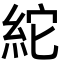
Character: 紽